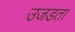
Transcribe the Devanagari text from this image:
उजडता